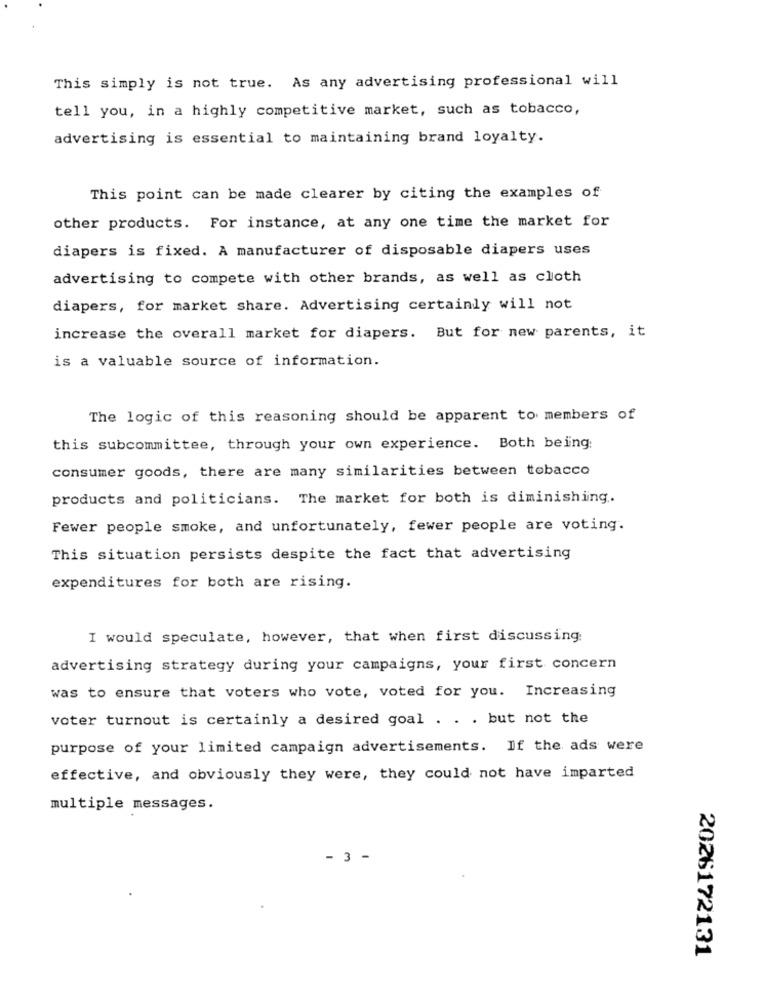
This simply is not true. As any advertising professional will
tell you, in a highly competitive market, such as tobacco,
advertising is essential to maintaining brand loyalty.
This point can be made clearer by citing the examples of
other products. For instance, at any one time the market for
diapers is fixed. A manufacturer of disposable diapers uses
advertising to compete with other brands, as well as cloth
diapers, for market share. Advertising certainly will not
increase the overall market for diapers. But for new parents, it
is a valuable source of information.
The logic of this reasoning should be apparent to members of
this subcommittee, through your own experience. Both being:
consumer goods, there are many similarities between tobacco
products and politicians. The market for both is diminishing.
Fewer people smoke, and unfortunately, fewer people are voting.
This situation persists despite the fact that advertising
expenditures for both are rising.
I would speculate, however, that when first discussing:
advertising strategy during your campaigns, your first concern
was to ensure that voters who vote, voted for you. Increasing
voter turnout is certainly a desired goal . . . but not the
purpose of your limited campaign advertisements. If the ads were
effective, and obviously they were, they could not have imparted
multiple messages.
3
2026172131